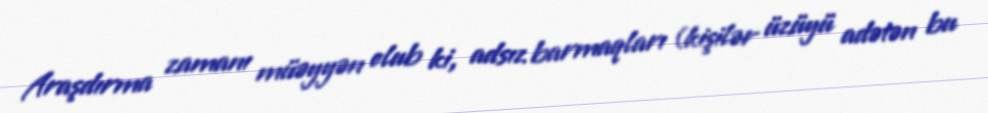
Araşdırma zamanı müəyyən olub ki, adsız barmaqları (kişilər üzüyü adətən bu